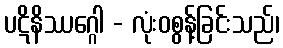
ပဋိနိဿဂ္ဂေါ - လုံးဝစွန့်ခြင်းသည်၊